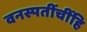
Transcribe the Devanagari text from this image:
वनस्पतींचींहि